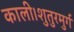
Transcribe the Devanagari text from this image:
काली।शुतुरमुर्ग